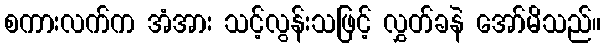
စကားလက်က အံအား သင့်လွန်းသဖြင့် လွှတ်ခနဲ အော်မိသည်။